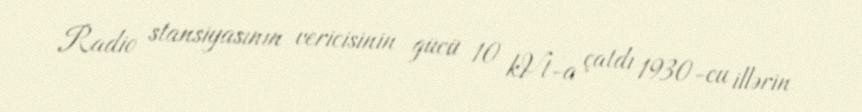
Radio stansiyasının vericisinin gücü 10 kVt-a çatdı 1930-cu illərin